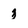
Character: 3